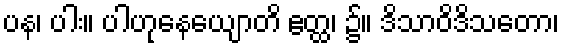
ပန၊ ပါး။ ပါဟုနေယျောတိ ဧတ္ထ၊ ၌။ ဒိသာဝိဒိသတော၊